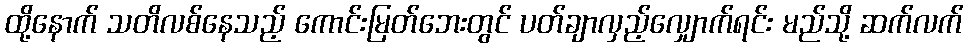
ထို့နောက် သတိလစ်နေသည့် ကောင်းမြတ်ဘေးတွင် ပတ်ချာလှည့်လျှောက်ရင်း မည်သို့ ဆက်လက်